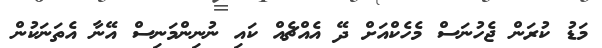
މަޑު ކުރަން ޖެހުނަސް މެހެކްއަށް ދޭ އެއްޗެއް ކައި ނުނިންމަނިސް އޭނާ އެތަނަކުން